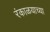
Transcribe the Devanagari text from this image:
रंकाळयाच्या